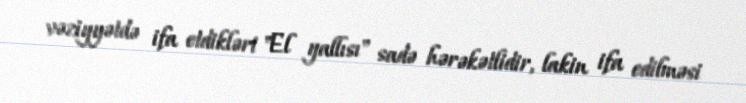
vəziyyətdə ifa etdikləri "El yallısı" sadə hərəkətlidir, lakin ifa edilməsi